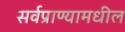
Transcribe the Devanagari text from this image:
सर्वप्राण्यामधील